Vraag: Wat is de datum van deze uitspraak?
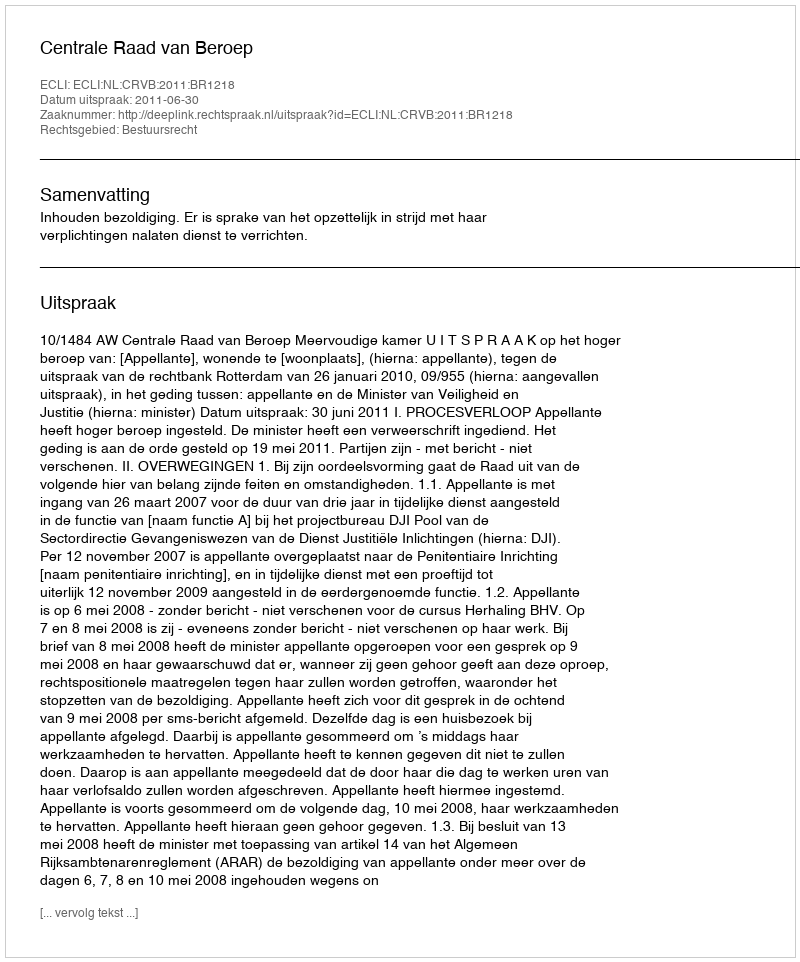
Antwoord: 2011-06-30